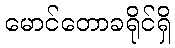
မောင်တောခရိုင်ရှိ